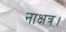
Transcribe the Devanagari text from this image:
नाक्षत्र।